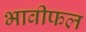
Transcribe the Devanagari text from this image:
भावीफल